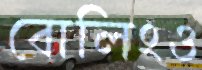
বোলিংও